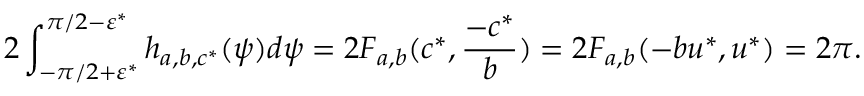
2 \int _ { - \pi / 2 + \varepsilon ^ { * } } ^ { \pi / 2 - \varepsilon ^ { * } } h _ { a , b , c ^ { * } } ( \psi ) d \psi = 2 F _ { a , b } ( c ^ { * } , \frac { - c ^ { * } } { b } ) = 2 F _ { a , b } ( - b u ^ { * } , u ^ { * } ) = 2 \pi .